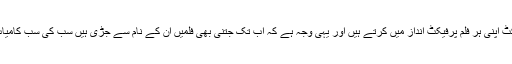
مسٹر پرفیکٹ اپنی ہر فلم پرفیکٹ انداز میں کرتے ہیں اور یہی وجہ ہے کہ اب تک جتنی بھی فلمیں ان کے نام سے جڑی ہیں سب کی سب کامیاب رہی ہیں۔